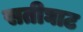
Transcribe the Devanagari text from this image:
सतीघाट